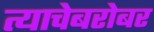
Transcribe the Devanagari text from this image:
त्याचेबरोबर